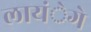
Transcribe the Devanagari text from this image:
लायंेगे